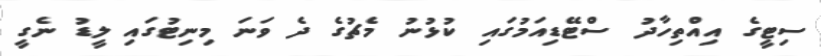
ސިޓީގެ އިއްތިހާދު ސްޓޭޑިއަމުގައި ކުޅުނު މެޗުގެ ދެ ވަނަ މިނިޓުގައި ލީޑު ނެގީ